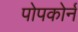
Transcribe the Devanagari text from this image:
पोपकोर्न